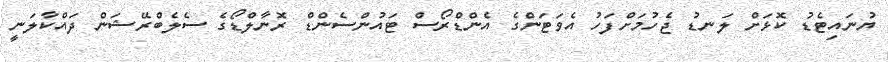
ޔުނައިޓެޑު ކޮޅަށް ލަނޑު ޖެހުމަށްފަހު އެވަޓަންގެ އެންޑްރޯސް ޓައުންސެންޑް ރޮނާލްޑޯގެ ސެލެބްރޭޝަން ދައްކާލަނީ